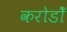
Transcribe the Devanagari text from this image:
करोडोँ